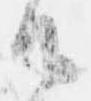
御